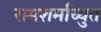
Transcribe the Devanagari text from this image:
रामशर्माच्युत